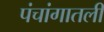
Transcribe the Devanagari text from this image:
पंचांगातली